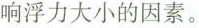
响浮力大小的因素。